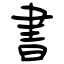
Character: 書